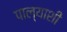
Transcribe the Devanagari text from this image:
पाल्याशी